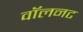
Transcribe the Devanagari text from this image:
वॉलनट